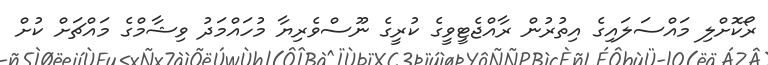
ރޯކޮށްލި މައްސަލައިގެ އިތުރުން ރާއްޖެޓީވީގެ ކުރީގެ ނޫސްވެރިޔާ މުހައްމަދު ވިޝާމްގެ މައްޗަށް ކުށް